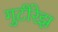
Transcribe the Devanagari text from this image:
गुटीरेझ